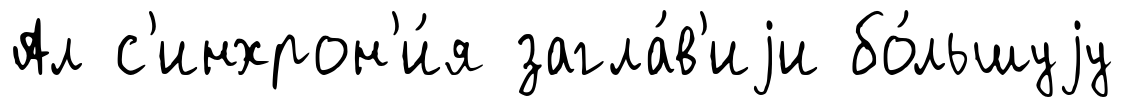
Ал с'инхрон'и́я загла́в'иjи бо́льшуjу